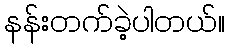
နန်းတက်ခဲ့ပါတယ်။